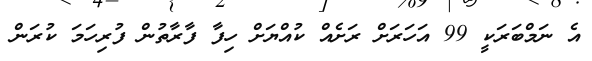
އެ ނަމްބަރަކީ 99 އަހަރަށް ރަށެއް ކުއްޔަށް ހިފާ ފާރާތުން ފުރިހަމަ ކުރަން